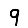
Digit: 9